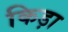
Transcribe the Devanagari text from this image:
किड़ा